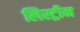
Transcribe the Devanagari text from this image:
लिस्ट्रीन